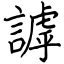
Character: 謼